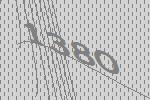
1380